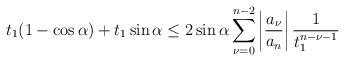
LaTeX: \begin{align*}t_1(1-\cos\alpha)+t_1\sin\alpha\leq 2\sin\alpha\sum\limits_{\nu=0}^{n-2}\left|\dfrac{a_\nu}{a_n}\right|\dfrac{1}{t_1^{n-\nu-1}}\end{align*}